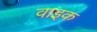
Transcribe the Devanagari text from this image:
वाइक